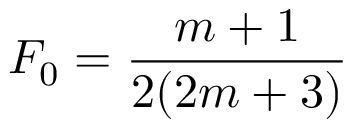
F _ { 0 } = \frac { m + 1 } { 2 ( 2 m + 3 ) }